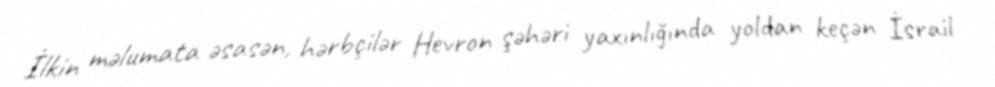
İlkin məlumata əsasən, hərbçilər Hevron şəhəri yaxınlığında yoldan keçən İsrail